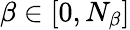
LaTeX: \beta\in[0,N_{\beta}]